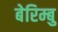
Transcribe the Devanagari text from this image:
बेरिम्बु